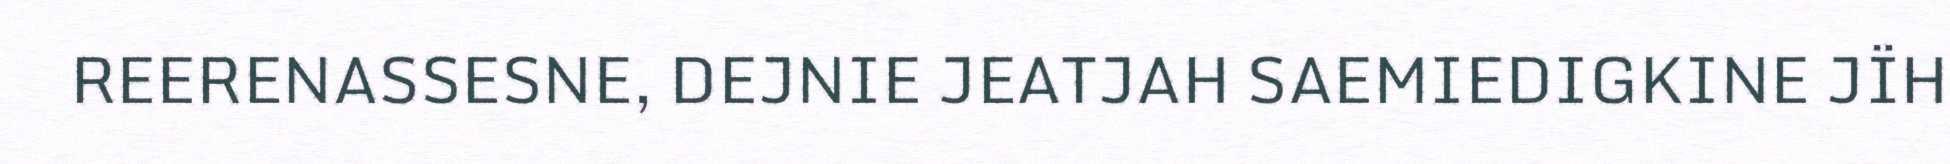
REERENASSESNE, DEJNIE JEATJAH SAEMIEDIGKINE JÏH